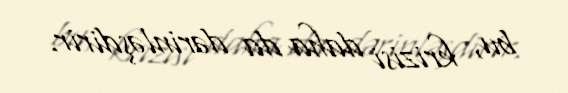
bu, krizisi daha da dərinləşdirir.